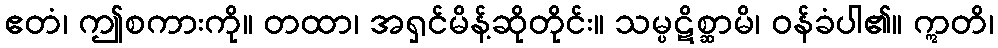
ဧတံ၊ ဤစကားကို။ တထာ၊ အရှင်မိန့်ဆိုတိုင်း။ သမ္ပဋိစ္ဆာမိ၊ ဝန်ခံပါ၏။ ဣတိ၊